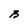
Character: B